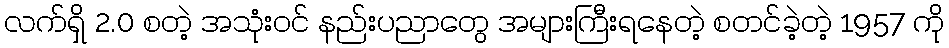
လက်ရှိ 2.0 စတဲ့ အသုံးဝင် နည်းပညာတွေ အများကြီးရနေတဲ့ စတင်ခဲ့တဲ့ 1957 ကို